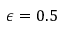
\epsilon = 0 . 5